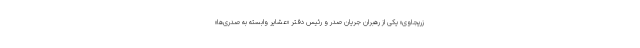
زریجاوی» یکی از رهبران جریان صدر و رئیس دفتر «عشایر وابسته به صدری‌ها»